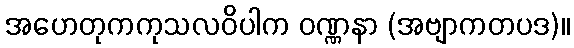
အဟေတုကကုသလဝိပါက ဝဏ္ဏနာ (အဗျာကတပဒ)။